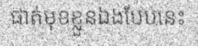
ផាត់មុខខ្លួនឯងបែបនេះ